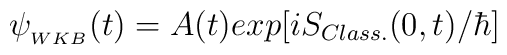
\psi_{_{WKB}}(t) = A(t)exp[iS_{Class.}(0,t)/\hbar]